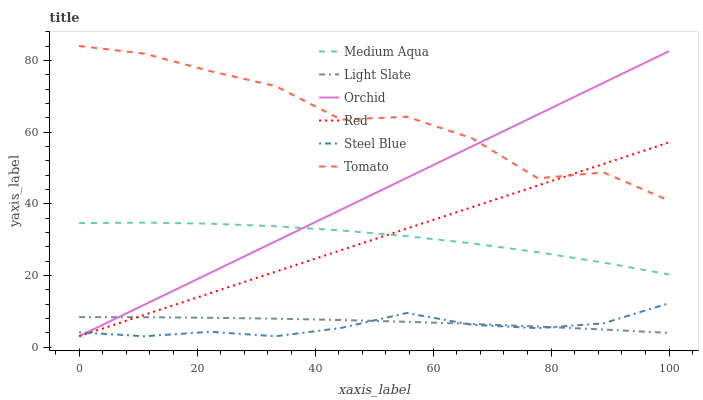
| xaxis_label | Medium Aqua | Light Slate | Orchid | Red | Steel Blue | Tomato |
 | --- | --- | --- | --- | --- | --- | --- |
 | 0 | 34.6 | 8.34 | 3 | 3 | 4.09 | 84 |
 | 11.1 | 34.7 | 8.31 | 11.8 | 9.01 | 3 | 81.9 |
 | 22.2 | 34.4 | 8.16 | 20.7 | 15 | 4.24 | 77 |
 | 33.3 | 33.7 | 7.9 | 29.5 | 21 | 3 | 72.8 |
 | 44.4 | 32.5 | 7.53 | 38.4 | 27 | 5.33 | 63.5 |
 | 55.6 | 30.9 | 7.04 | 47.2 | 33 | 9.49 | 64.3 |
 | 66.7 | 28.9 | 6.43 | 56 | 39.1 | 6.19 | 58.2 |
 | 77.8 | 26.5 | 5.71 | 64.9 | 45.1 | 5.25 | 47.1 |
 | 88.9 | 23.6 | 4.88 | 73.7 | 51.1 | 6.61 | 48.7 |
 | 100 | 20.2 | 3.93 | 82.6 | 57.1 | 12.2 | 40.9 |